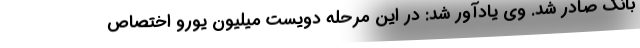
بانک صادر شد. وی یادآور شد: در این مرحله دویست میلیون یورو اختصاص